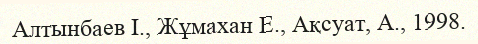
Алтынбаев І., Жұмахан Е., Ақсуат, А., 1998.